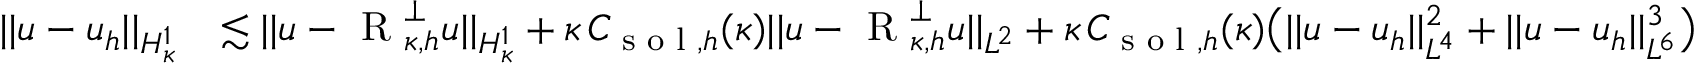
\begin{array} { r l } { \lvert | u - u _ { h } \rvert | _ { H _ { \kappa } ^ { 1 } } } & { \lesssim \lvert | u - \textup { R } _ { \kappa , h } ^ { \perp } u \rvert | _ { H _ { \kappa } ^ { 1 } } + \kappa \, C _ { \textup { s o l } , h } ( \kappa ) \lvert | u - \textup { R } _ { \kappa , h } ^ { \perp } u \rvert | _ { L ^ { 2 } } + \kappa \, C _ { \textup { s o l } , h } ( \kappa ) \bigl ( \lvert | u - u _ { h } \rvert | _ { L ^ { 4 } } ^ { 2 } + \lvert | u - u _ { h } \rvert | _ { L ^ { 6 } } ^ { 3 } \bigr ) } \end{array}